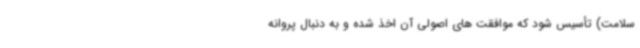
سلامت) تأسیس شود که موافقت های اصولی آن اخذ شده و به دنبال پروانه